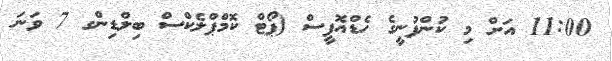
11:00 އަށް މި ކުންފުނީގެ ހެޑްއޮފީސް (ޕޯޓް ކޮމްޕްލެކްސް ބިލްޑިންގ 7 ވަނަ